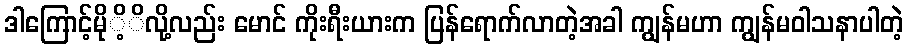
ဒါကြောင့်မိုိ့ိလို့လည်း မောင် ကိုးရီးယားက ပြန်ရောက်လာတဲ့အခါ ကျွန်မဟာ ကျွန်မဝါသနာပါတဲ့